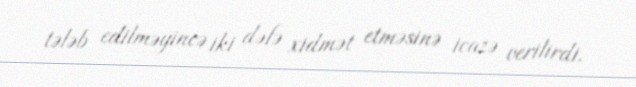
tələb edilməyincə iki dəfə xidmət etməsinə icazə verilirdi.